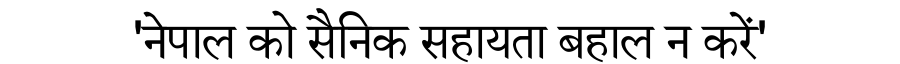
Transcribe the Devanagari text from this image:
'नेपाल को सैनिक सहायता बहाल न करें'